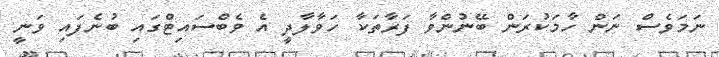
ނަމަވެސް ނަން ހާމަކުރަން ބޭނުންވާ ފަރާތަކާ ހަވާލާދީ އެ ވެބްސައިޓްގައި ބުނެފައި ވަނީ